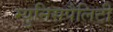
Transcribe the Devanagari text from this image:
म्युनिसपैलिटी